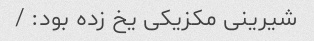
شیرینی مکزیکی یخ زده بود: /